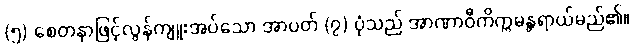
(၅) စေတနာဖြင့်လွန်ကျူးအပ်သော အာပတ် (၇) ပုံသည် အာဏာဝီကိက္ကမန္တရာယ်မည်၏။